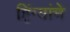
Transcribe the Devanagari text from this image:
हिंग्यांचे